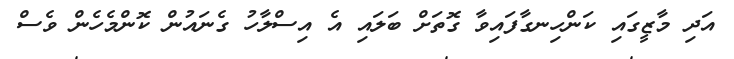
އަދި މާޒީގައި ކަންހިނގާފައިވާ ގޮތަށް ބަލައި އެ އިސްލާހު ގެނައުން ކޮންމެހެން ވެސް